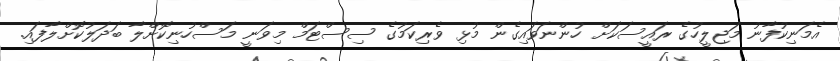
އެމަނިކުފާނު މަޖިލީހުގެ ރައީސަކަށް ހުންނަވައިގެން މުޅި ވެރިކަމުގެ ސިސްޓަމް މިވަނީ މަސްހުނިކޮށްލާ ބަދަލުކޮށްލާފައި.